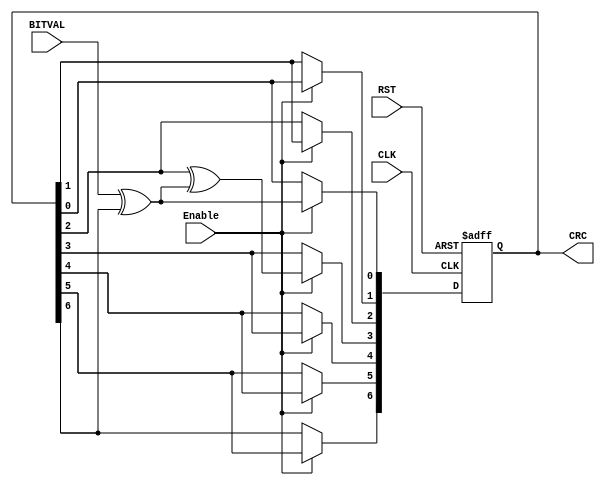
//////////////////////////////////////////////////////////////////////////////////////////////
////                                                              ////
////  sd_controller_top_tb.v                                      ////
////                                                              ////
////  This file is part of the SD IP core project                 ////
//// http://www.opencores.org/?do=project&who=sdcard_mass_storage_controller                   ////
////                                                              ////
////  Author(s):                                                  ////
////      - Adam Edvardsson, adam@opencores.org                   ////
////                                                              ////
////                                                              ////
//////////////////////////////////////////////////////////////////////
//// WB Model, ideas and task borrowed from:                    ////
//// http://www.opencores.org/projects/ethmac/                    ////
////  Author(s):                                                  ////
////      - Tadej Markovic, tadej@opencores.org                   ////
////      - Igor Mohor,     igorM@opencores.org                   ////
//////////////////////////////////////////////////////////////////////
////
                                            ////
//// Copyright (C) 2001, 2002 Authors                             ////
////                                                              ////
//// This source file may be used and distributed without         ////
//// restriction provided that this copyright statement is not    ////
//// removed from the file and that any derivative work contains  ////
//// the original copyright notice and the associated disclaimer. ////
////                                                              ////
//// This source file is free software; you can redistribute it   ////
//// and/or modify it under the terms of the GNU Lesser General   ////
//// Public License as published by the Free Software Foundation; ////
//// either version 2.1 of the License, or (at your option) any   ////
//// later version.                                               ////
////                                                              ////
//// This source is distributed in the hope that it will be       ////
//// useful, but WITHOUT ANY WARRANTY; without even the implied   ////
//// warranty of MERCHANTABILITY or FITNESS FOR A PARTICULAR      ////
//// PURPOSE.  See the GNU Lesser General Public License for more ////
//// details.                                                     ////
////                                                              ////
//// You should have received a copy of the GNU Lesser General    ////
//// Public License along with this source; if not, download it   ////
//// from http://www.opencores.org/lgpl.shtml                     ////
////                                                              ////
//////////////////////////////////////////////////////////////////////
//`define TX_ERROR_TEST
//---------------------------------------------------------------------
// Copyright (c) 2010 by Lattice Semiconductor Corporation
//---------------------------------------------------------------------
// Disclaimer:
//
// This VHDL or Verilog source code is intended as a design reference
// which illustrates how these types of functions can be implemented.
// It is the user's responsibility to verify their design for
// consistency and functionality through the use of formal
// verification methods. Lattice Semiconductor provides no warranty
// regarding the use or functionality of this code.
//
// --------------------------------------------------------------------
//
// Lattice Semiconductor Corporation
// 5555 NE Moore Court
// Hillsboro, OR 97214
// U.S.A
//
// TEL: 1-800-Lattice (USA and Canada)
// 503-268-8001 (other locations)
//
// web: http://www.latticesemi.com/
//
// --------------------------------------------------------------------
// Code Revision History :
// --------------------------------------------------------------------
// Ver: | Author     |Mod. Date |Changes Made:
// V1.0 | Peter.Zhou |03/16/10  |
//
// --------------------------------------------------------------------
//------------------------------------
`timescale 1ns/1ps
module SD_CRC_7(BITVAL, Enable, CLK, RST, CRC);
   input        BITVAL;// Next input bit
   input Enable;
   input        CLK;                           // Current bit valid (Clock)
   input        RST;                             // Init CRC value
   output [6:0] CRC;                               // Current output CRC value

   reg    [6:0] CRC;   
                     // We need output registers
   wire         inv;
   
   assign inv = BITVAL ^ CRC[6];                   // XOR required?
   
   
    always @(posedge CLK or posedge RST) begin
		if (RST) begin
			CRC = 0;   
		
        end
		else begin
			if (Enable==1) begin
				CRC[6] = CRC[5];
				CRC[5] = CRC[4];
				CRC[4] = CRC[3];
				CRC[3] = CRC[2] ^ inv;
				CRC[2] = CRC[1];
				CRC[1] = CRC[0];
				CRC[0] = inv;
			end
		end
     end
   
endmodule